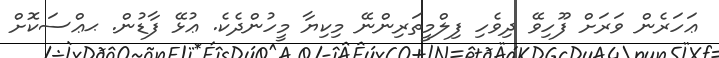
ޢަހަރެން ވަރަށް ފޫހިވޭ ދިވެހި ފިލްމީތަރިންނޭ މިކިޔާ މީހުންދެކެ. ޢުޅޭ ފާޑުން. ޙޢްސަކޮށް